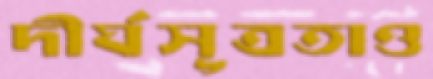
দীর্ঘসূত্রতাও